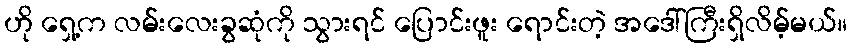
ဟို ရှေ့က လမ်းလေးခွဆုံကို သွားရင် ပြောင်းဖူး ရောင်းတဲ့ အဒေါ်ကြီးရှိလိမ့်မယ်။